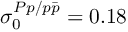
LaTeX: \sigma _ { 0 } ^ { { \cal { P } } p / { p \bar { p } } } = 0 . 1 8